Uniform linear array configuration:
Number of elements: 48
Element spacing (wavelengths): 0.25
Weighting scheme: binomial
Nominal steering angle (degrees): -15
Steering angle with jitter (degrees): -14.01
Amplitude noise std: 0.05
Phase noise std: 0.05

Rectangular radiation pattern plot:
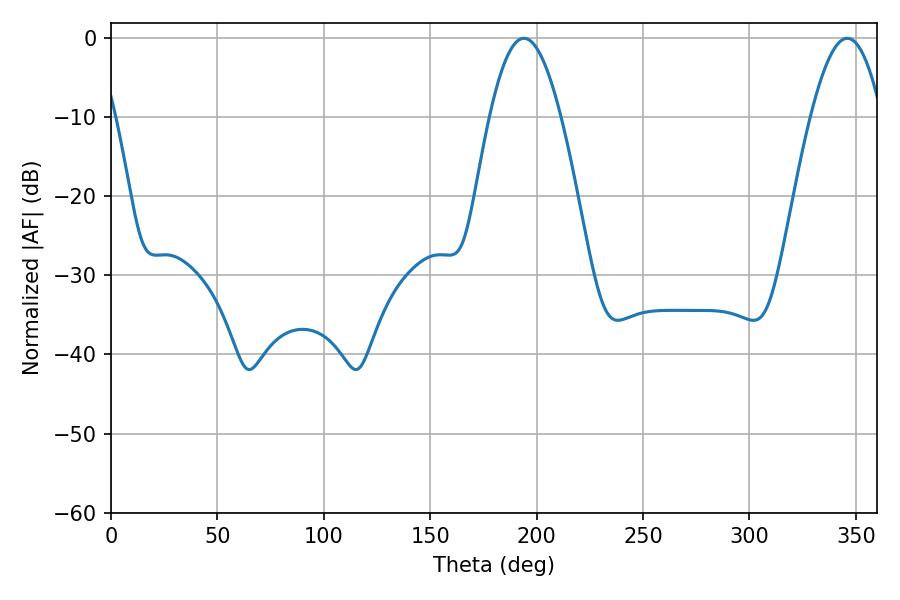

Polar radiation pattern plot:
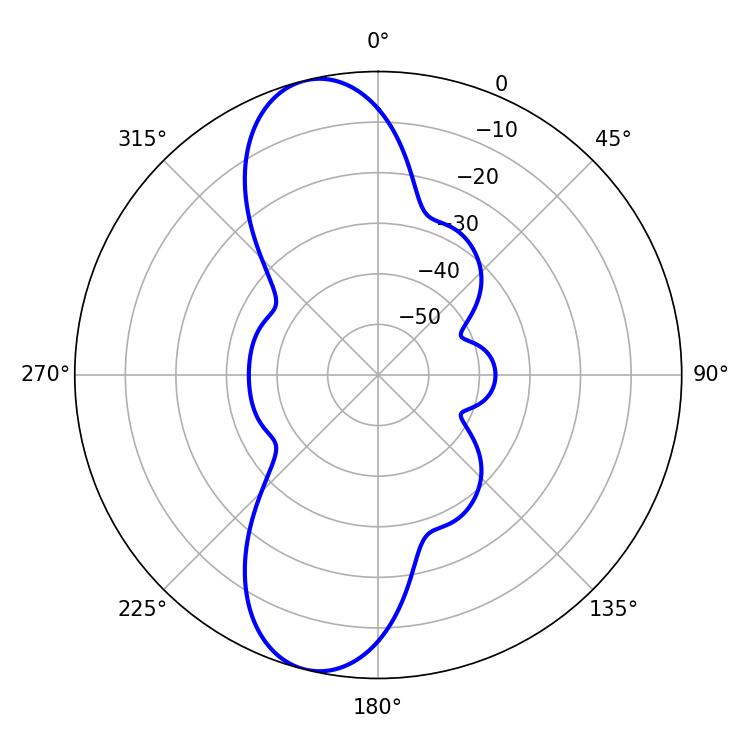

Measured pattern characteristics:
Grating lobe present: FALSE
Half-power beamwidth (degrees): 18.18
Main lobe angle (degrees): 194.04